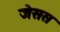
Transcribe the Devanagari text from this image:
जेसस